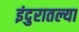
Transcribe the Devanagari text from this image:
इंदुरातल्या